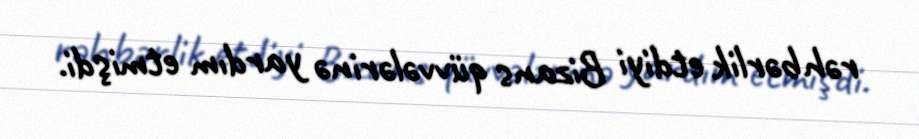
rəhbərlik etdiyi Bizans qüvvələrinə yardım etmişdi.